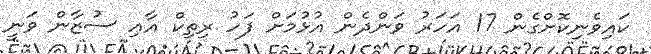
ކައިވެނިކޮށްގެން 17 އަހަރު ވަންދެން އުޅުމަށް ފަހު ރިތިކް އާއި ސުޒާން ވަނީ